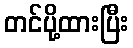
တင်ပို့ထားပြီး